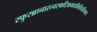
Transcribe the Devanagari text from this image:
स्फुरन्नानारत्नस्फटिकमयभित्तिप्रतिफल